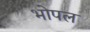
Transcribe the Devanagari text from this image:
भोपल